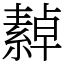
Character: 繛